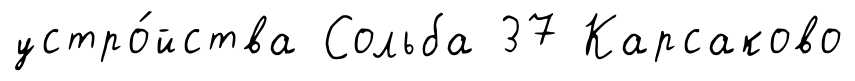
устро́йства Сольба 37 Карсаково